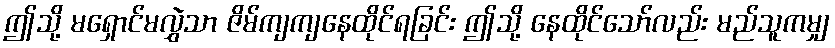
ဤသို့ မရှောင်မလွှဲသာ ဇိမ်ကျကျနေထိုင်ရခြင်း ဤသို့ နေထိုင်သော်လည်း မည်သူကမျှ